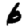
Digit: 6